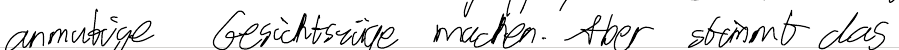
anmutige Gesichtszüge machen. Aber stimmt das